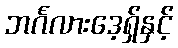
ဘင်္ဂလားဒေ့ရှ်နှင့်